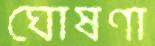
ঘোষণা